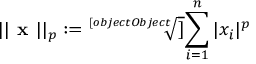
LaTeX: | | { \textbf { x } } | | _ { p } : = { \sqrt [ [object Object] ] { \sum _ { i = 1 } ^ { n } | x _ { i } | ^ { p } } }